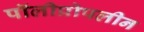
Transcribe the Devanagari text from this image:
पॉलीप्रोपलीन